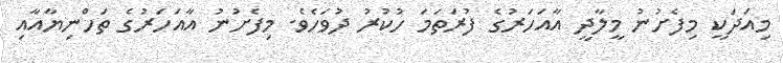
މިއަދަކީ މިފެށުނު މީލާދީ އާއަހަރުގެ ފުރަތަމަ ހުކުރު ދުވަހެވެ. މިފެށުނު އާއަހަރުގެ ތަހްނިޔާއާއި